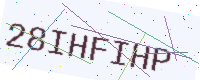
Text: 28IHFIHP